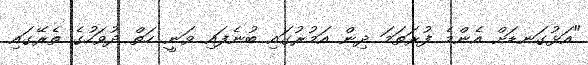
"އަޅުގަނޑަށް އެންމެ ފުރަތަމަ ދިން އަމުރުގައި ބުނެފައި ވަނީ ހަތް ދުވަހުގެ ތެރޭގައި